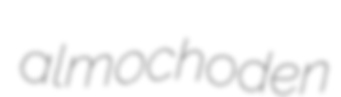
almochoden